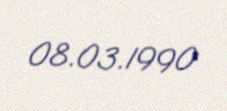
08.03.1990